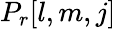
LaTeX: P_{r}[l,m,j]